Report on sanitation, dispensaries, and jails in Rajputana for 1918, and on vaccination for the year 1918-1919 - 1918-1919
Year: 1918
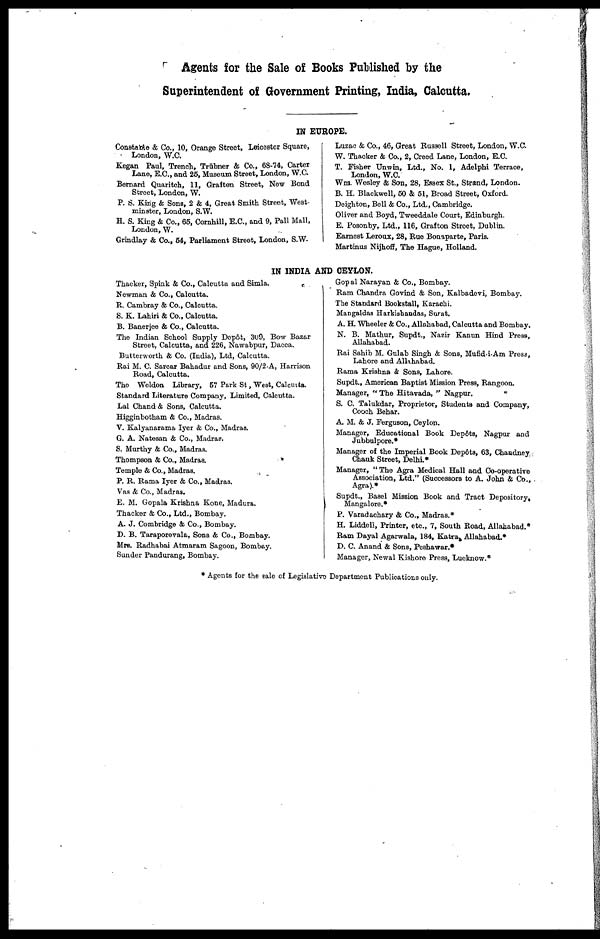
Agents for the Sale of Books Published by the
Superintendent of Government Printing, India, Calcutta.
IN EUROPE.
Constable & Co., 10, Orange Street, Leicester Square,
London, W.C.
Kegan Paul, Trench, Trübner & Co. 68-74, Carter
Lane, E.C., and 25, Museum Street, London, W.C
Bernard Quaritch, 11, Grafton Street, New Bond
Street, London, W.
P. S. King & Sons, 2 & 4, Great Smith Street, West
minster, London, S.W.
H. S. King & Co., 65, Cornhill, E.C., and 9, Pall Mall,
London, W.
Grindlay & Co., 64, Parliament Street, London, S.W.
Luzac & Co., 46, Great Russell Street, London, W.C.
W. Thacker & Co., 2, Creed Lane, London, E.C.
T. Fisher Unwin, Ltd., No. 1, Adelphi Terrace,
London, W.C.
Wm. Wesley & Son, 28, Essex St., Strand, London.
B. H. Blackwell, 50 & 51, Broad Street, Oxford.
Deighton, Bell & Co., Ltd., Cambridge.
Oliver and Boyd, Tweeddale Court, Edinburgh.
E. Posonby, Ltd., 116, Grafton Street, Dublin.
Earnest Leroux, 28, Rue Bonaparte, Paris.
Martinus Nijhoff, The Hague, Holland.
IN INDIA AND CEYLON.
Thacker, Spink & Co., Calcutta and Simla.
Newman & Co., Calcutta.
R. Cambray & Co., Calcutta.
S. K. Lahiri & Co., Calcutta.
B. Banerjee & Co., Calcutta.
The Indian School Supply Depôt, 309, Bow Bazar
Street, Calcutta, and 226, Nawabpur, Dacca.
Butterworth & Co. (India), Ltd, Calcutta.
Rai M. C. Sarcar Bahadur and Sons, 90/2-A, Harrison
Road, Calcutta.
The Weldon Library, 67 Park St, West, Calcutta.
Standard Literature Company, Limited, Calcutta.
Lal Chand & Sons, Calcutta.
Higginbotham & Co., Madras.
V. Kalyanarama Iyer & Co., Madras.
G. A. Natesan & Co., Madras.
S. Murthy & Co., Madras.
Thompson & Co., Madras.
Temple & Co., Madras.
P. R. Rama Iyer & Co., Madras.
Vas & Co., Madras.
E. M. Gopala Krishna Kone, Madura.
Thacker & Co., Ltd., Bombay.
A. J. Combridge & Co., Bombay.
D. B. Taraporevala, Sons & Co., Bombay.
Mrs. Radhabai Atmaram Sagoon, Bombay.
Sunder Pandurang, Bombay.
Gopal Narayan &, Co., Bombay.
Ram Chandra Govind & Son, Kalbadevi, Bombay.
The Standard Bookstall, Karachi.
Mangaldas Harkishandas, Surat.
A. H. Wheeler & Co., Allahabad, Calcutta and Bombay.
N. B. Mathur, Supdt., Nazir Kanun Hind Press,
Allahabad.
Rai Sahib M. Gulab Singh & Sons, Mufid-i-Am Press,
Lahore and Allahabad.
Rama Krishna & Sons, Lahore.
Supdt., American Baptist Mission Press, Rangoon.
Manager, " The Hitavada, " Nagpur.
S. C. Talukdar, Proprietor, Students and Company,
Cooch Behar.
A. M. & J. Ferguson, Ceylon.
Manager, Educational Book Depôts, Nagpur and
Jubbulpore.
Manager of the Imperial Book Depôts, 63, Chandney
Chauk Street, Delhi
Manager, " The Agra Medical Hall and Co-operative
Association, Ltd." (Successors to A. John & Co.,
Agra).*
Supdt., Basel Mission Book and Tract Depository,
Mangalore.*
P. Varadachary & Co., Madras.*
H. Liddell, Printer, etc., 7, South Road, Allahabad.*
Ram Dayal Agarwala, 184, Katrak Allahabad.*
D. C. Anand & Sons, Peshawar.*
Manager, Newal Kishore Press, Lucknow.*
* Agents for the sale of Legislative Department Publications only.